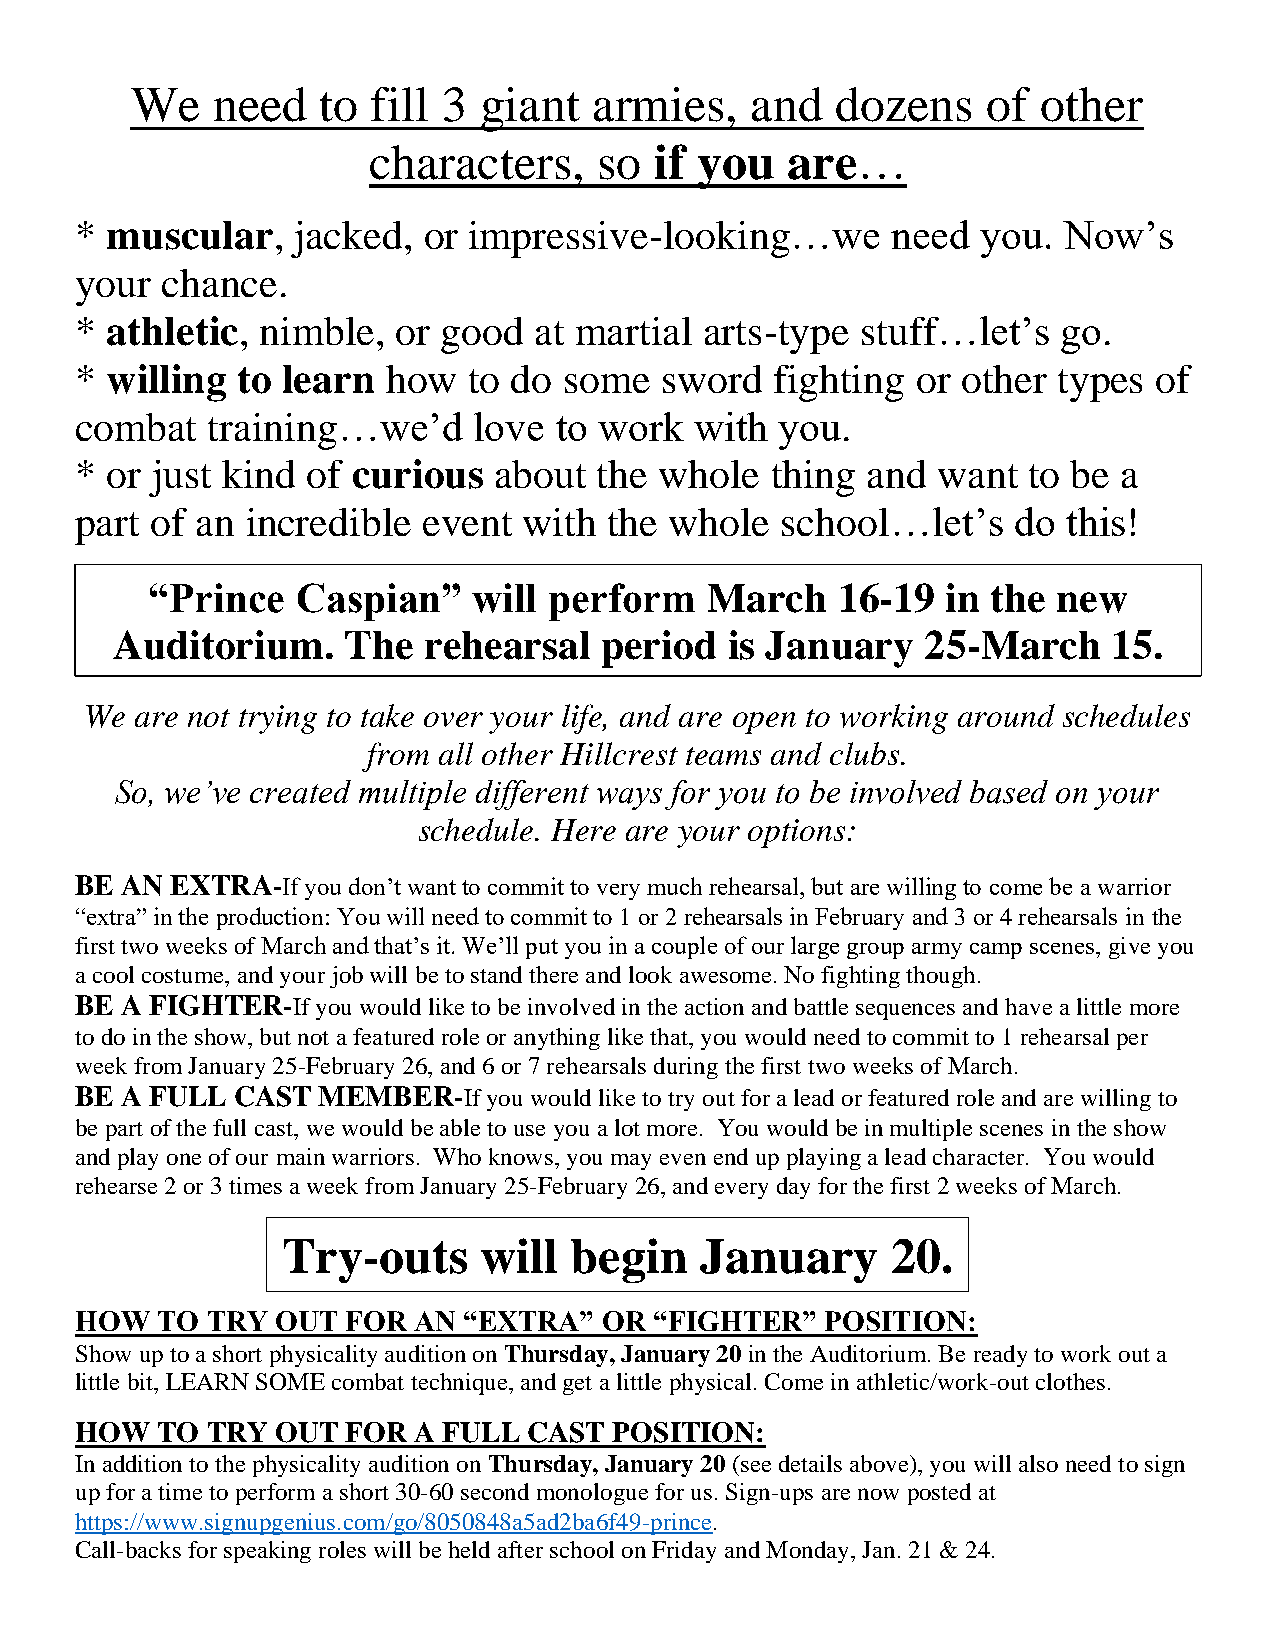
We   need   to  fill 3 giant  armies,    and  dozens    of  other
 characters,     so if you   are…
 * muscular,   jacked,  or impressive-looking…we       need  you. Now’s
 your  chance.
 * athletic, nimble,  or good  at martial  arts-type stuff…let’s  go.
 * willing  to learn  how  to do some   sword  fighting  or other types of
 combat   training…we’d    love  to work  with  you.
 * or just kind of curious   about  the whole  thing and  want  to be a
 part of an incredible  event  with the whole   school…let’s   do  this!
 “Prince   Caspian”   will perform    March   16-19   in the new
 Auditorium.     The  rehearsal   period  is January   25-March     15.
 We are not trying to take over your life, and are open to working around schedules
 from all other Hillcrest teams and clubs.
 So, we’ve created multiple different ways for you to be involved based on your
 schedule. Here are your options:
 BE AN EXTRA-If you don’t want to commit to very much rehearsal, but are willing to come be a warrior
 “extra” in the production: You will need to commit to 1 or 2 rehearsals in February and 3 or 4 rehearsals in the
 first two weeks of March and that’s it. We’ll put you in a couple of our large group army camp scenes, give you
 a cool costume, and your job will be to stand there and look awesome. No fighting though.
 BE A FIGHTER-If you would like to be involved in the action and battle sequences and have a little more
 to do in the show, but not a featured role or anything like that, you would need to commit to 1 rehearsal per
 week from January 25-February 26, and 6 or 7 rehearsals during the first two weeks of March.
 BE A FULL  CAST MEMBER-If  you would like to try out for a lead or featured role and are willing to
 be part of the full cast, we would be able to use you a lot more. You would be in multiple scenes in the show
 and play one of our main warriors. Who knows, you may even end up playing a lead character. You would
 rehearse 2 or 3 times a week from January 25-February 26, and every day for the first 2 weeks of March.
 Try-outs     will  begin   January      20.
 HOW  TO  TRY OUT  FOR AN  “EXTRA”  OR “FIGHTER”   POSITION:
 Show up to a short physicality audition on Thursday, January 20 in the Auditorium. Be ready to work out a
 little bit, LEARN SOME combat technique, and get a little physical. Come in athletic/work-out clothes.
 HOW  TO  TRY OUT  FOR A FULL  CAST  POSITION:
 In addition to the physicality audition on Thursday, January 20 (see details above), you will also need to sign
 up for a time to perform a short 30-60 second monologue for us. Sign-ups are now posted at
 https://www.signupgenius.com/go/8050848a5ad2ba6f49-prince.
 Call-backs for speaking roles will be held after school on Friday and Monday, Jan. 21 & 24.